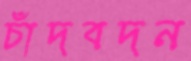
চাঁদবদন